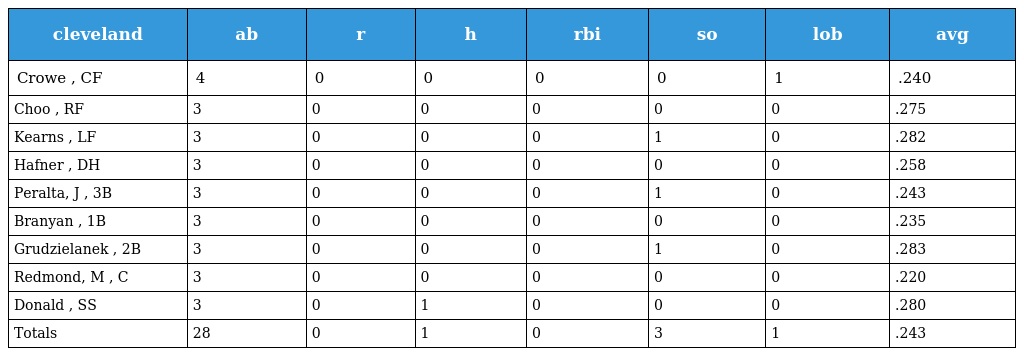
| cleveland | ab | r | h | rbi | so | lob | avg |
 | --- | --- | --- | --- | --- | --- | --- | --- |
 | Crowe , CF | 4 | 0 | 0 | 0 | 0 | 1 | .240 |
 | Choo , RF | 3 | 0 | 0 | 0 | 0 | 0 | .275 |
 | Kearns , LF | 3 | 0 | 0 | 0 | 1 | 0 | .282 |
 | Hafner , DH | 3 | 0 | 0 | 0 | 0 | 0 | .258 |
 | Peralta, J , 3B | 3 | 0 | 0 | 0 | 1 | 0 | .243 |
 | Branyan , 1B | 3 | 0 | 0 | 0 | 0 | 0 | .235 |
 | Grudzielanek , 2B | 3 | 0 | 0 | 0 | 1 | 0 | .283 |
 | Redmond, M , C | 3 | 0 | 0 | 0 | 0 | 0 | .220 |
 | Donald , SS | 3 | 0 | 1 | 0 | 0 | 0 | .280 |
 | Totals | 28 | 0 | 1 | 0 | 3 | 1 | .243 |